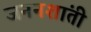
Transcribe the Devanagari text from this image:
जननशांती